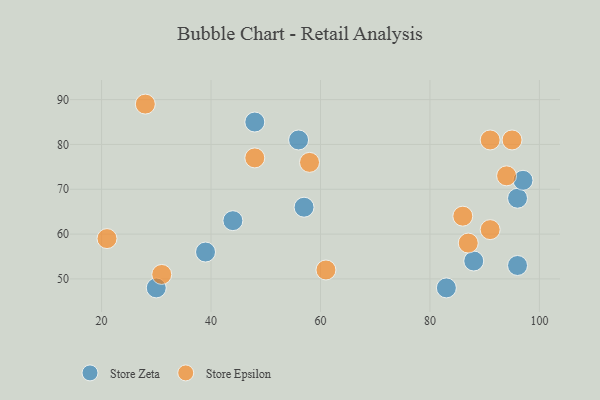
{"axis": {"x": "GDP", "y": "Life Expectancy"}, "legend": ["Store Epsilon", "Store Zeta"], "data": [{"x": "30", "y": 48, "type": "Store Zeta"}, {"x": "96", "y": 53, "type": "Store Zeta"}, {"x": "57", "y": 66, "type": "Store Zeta"}, {"x": "48", "y": 85, "type": "Store Zeta"}, {"x": "96", "y": 68, "type": "Store Zeta"}, {"x": "97", "y": 72, "type": "Store Zeta"}, {"x": "88", "y": 54, "type": "Store Zeta"}, {"x": "56", "y": 81, "type": "Store Zeta"}, {"x": "44", "y": 63, "type": "Store Zeta"}, {"x": "83", "y": 48, "type": "Store Zeta"}, {"x": "39", "y": 56, "type": "Store Zeta"}, {"x": "86", "y": 64, "type": "Store Epsilon"}, {"x": "58", "y": 76, "type": "Store Epsilon"}, {"x": "21", "y": 59, "type": "Store Epsilon"}, {"x": "87", "y": 58, "type": "Store Epsilon"}, {"x": "48", "y": 77, "type": "Store Epsilon"}, {"x": "61", "y": 52, "type": "Store Epsilon"}, {"x": "31", "y": 51, "type": "Store Epsilon"}, {"x": "91", "y": 81, "type": "Store Epsilon"}, {"x": "91", "y": 61, "type": "Store Epsilon"}, {"x": "94", "y": 73, "type": "Store Epsilon"}, {"x": "95", "y": 81, "type": "Store Epsilon"}, {"x": "28", "y": 89, "type": "Store Epsilon"}]}